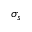
\sigma _ { s }